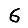
Digit: 6